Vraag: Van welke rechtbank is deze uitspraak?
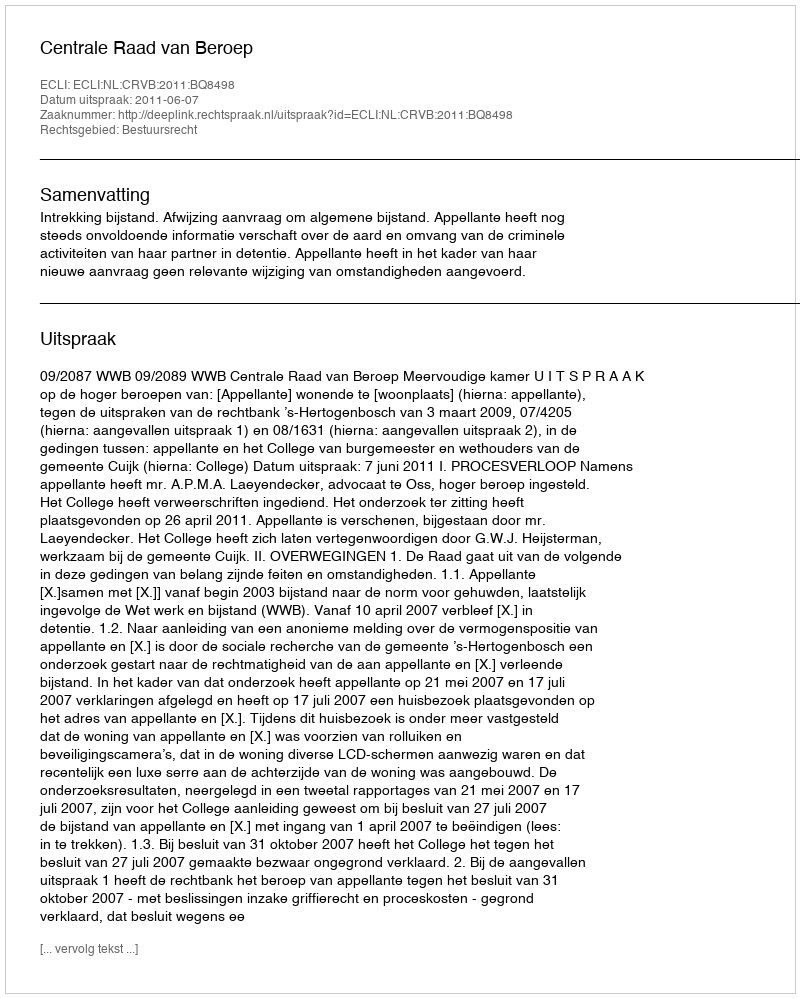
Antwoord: Centrale Raad van Beroep